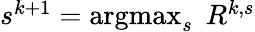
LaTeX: \begin{array}{r}{s^{k+1}=\operatorname*{argmax}_{s}\; R^{k,s}}\end{array}